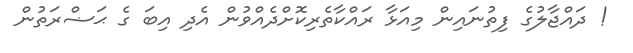
! ދައްޖާލުގެ ފިތުނައިން މިއަޅާ ރައްކާތެރިކޮށްދެއްވުން އެދި އިބަ ގެ ޙަޟްރަތުން